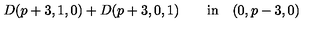
D ( p + 3 , 1 , 0 ) + D ( p + 3 , 0 , 1 ) \qquad \mathrm { i n } \quad ( 0 , p - 3 , 0 )